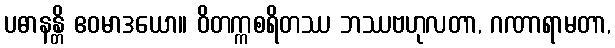
ပဓာနန္တိ ဧဝမာဒယော။ ဝိတက္ကစရိတဿ ဘဿဗဟုလတာ, ဂဏာရာမတာ,